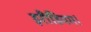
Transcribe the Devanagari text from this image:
इरीडियम।